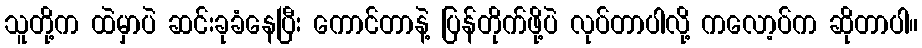
သူတို့က ထဲမှာပဲ ဆင်းခုခံနေပြီး ကောင်တာနဲ့ ပြန်တိုက်ဖို့ပဲ လုပ်တာပါလို့ ကလော့ပ်က ဆိုတာပါ။